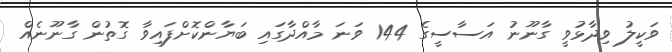
ވަކީލު ވިދާޅުވީ ގާނޫނު އަސާސީގެ 144 ވަނަ މާއްދާގައި ބަޔާންކޮށްފައިވާ ގޮތުން ގާނޫނެއް